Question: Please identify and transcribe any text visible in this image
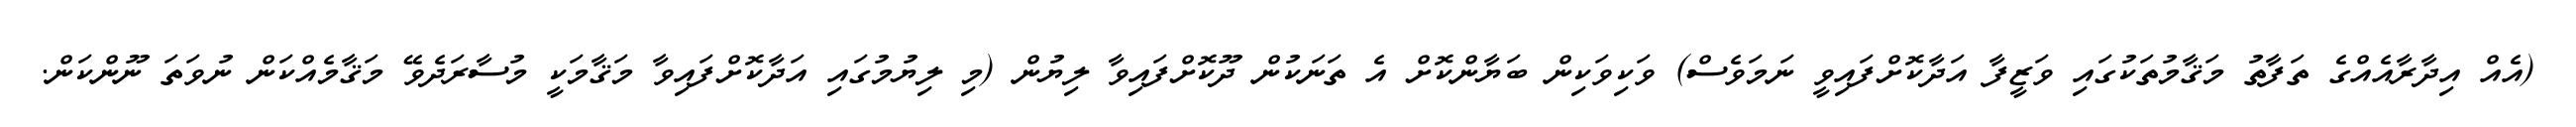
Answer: (އެއް އިދާރާއެއްގެ ތަފާތު މަޤާމުތަކުގައި ވަޒީފާ އަދާކޮށްފައިވީ ނަމަވެސް) ވަކިވަކިން ބަޔާންކޮށް އެ ތަނަކުން ދޫކޮށްފައިވާ ލިޔުން (މި ލިޔުމުގައި އަދާކޮށްފައިވާ މަޤާމަކީ މުސާރަދެވޭ މަޤާމެއްކަން ނުވަތަ ނޫންކަން.